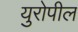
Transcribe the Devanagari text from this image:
युरोपील